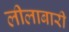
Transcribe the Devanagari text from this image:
लीलाबारी